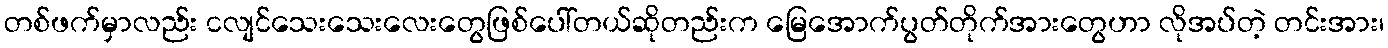
တစ်ဖက်မှာလည်း ငလျင်သေးသေးလေးတွေဖြစ်ပေါ်တယ်ဆိုတည်းက မြေအောက်ပွတ်တိုက်အားတွေဟာ လိုအပ်တဲ့ တင်းအား၊